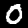
Label: 0